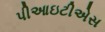
પીઆઇટીએસ